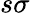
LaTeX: s\sigma